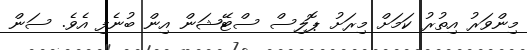
މިންވަރު އިތުރު ކަމަށް މިރަށު ޕޮލިސް ސްޓޭޝަން އިން ބުނެފި އެވެ. ސަން